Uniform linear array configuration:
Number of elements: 48
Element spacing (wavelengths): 0.25
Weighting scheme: binomial
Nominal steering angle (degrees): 60
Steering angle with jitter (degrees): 60.579
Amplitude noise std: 0.05
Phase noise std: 0.05

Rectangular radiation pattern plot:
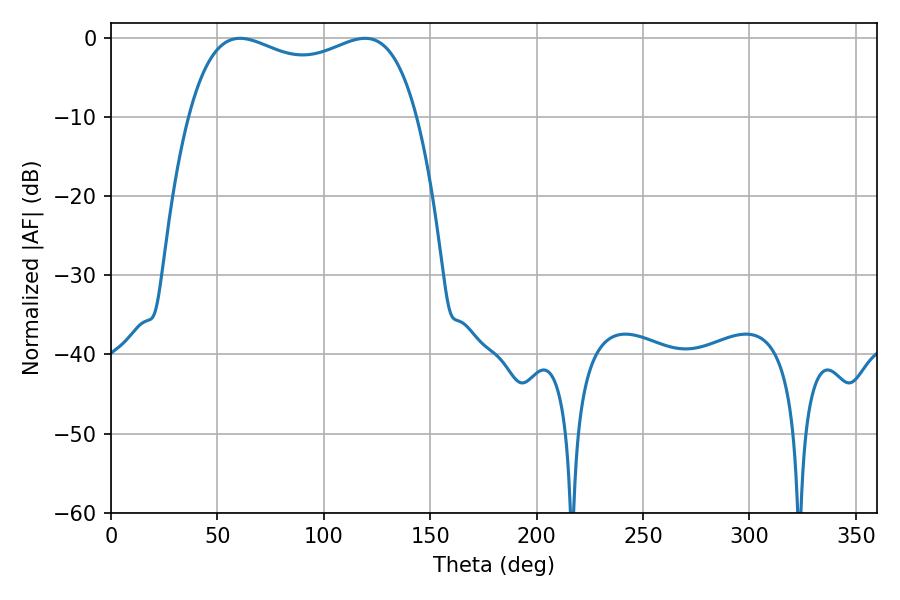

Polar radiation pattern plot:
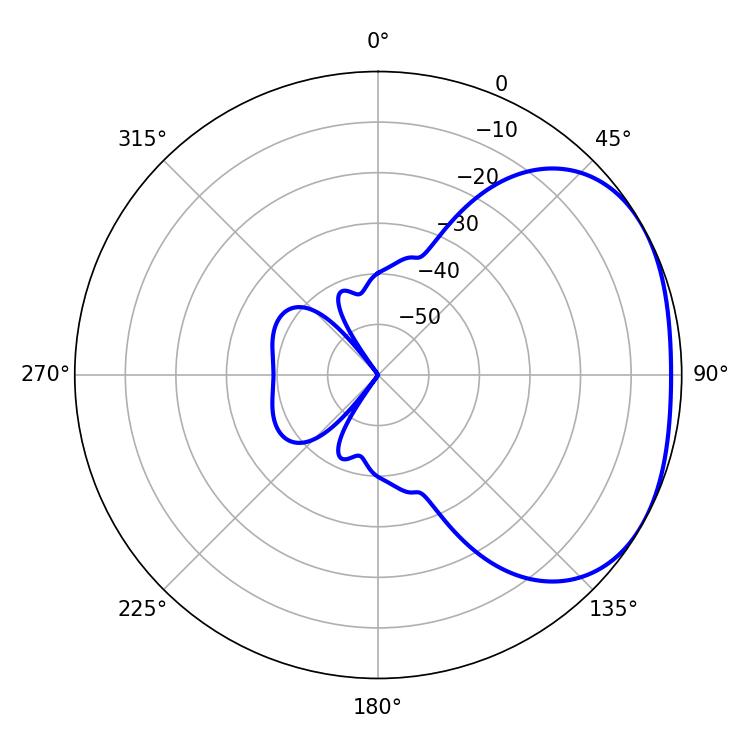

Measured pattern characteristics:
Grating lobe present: FALSE
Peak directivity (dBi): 2.307
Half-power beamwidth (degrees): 88.2
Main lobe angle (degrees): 60.66